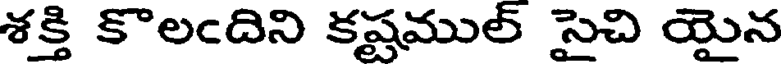
శక్తి కొలఁదిని కష్టముల్ సైచి యైన